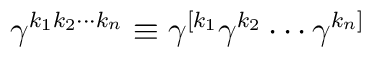
\gamma^{k_1k_2\cdots k_n}\equiv\gamma^{[k_1}\gamma^{k_2}\cdots\gamma^{k_n]}